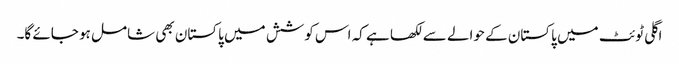
اگلی ٹوئٹ میں پاکستان کے حوالے سے لکھا ہے کہ اس کوشش میں پاکستان بھی شامل ہو جائے گا۔